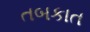
તબકાત